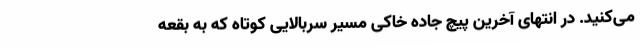
می‌کنید. در انتهای آخرین پیچ جاده خاکی مسیر سربالایی کوتاه که به بقعه